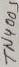
Text: TN4005